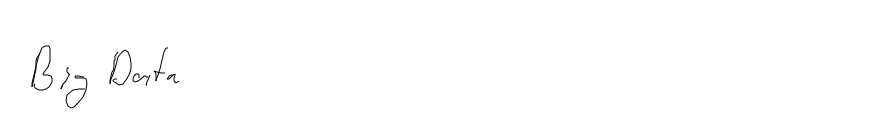
Big Data